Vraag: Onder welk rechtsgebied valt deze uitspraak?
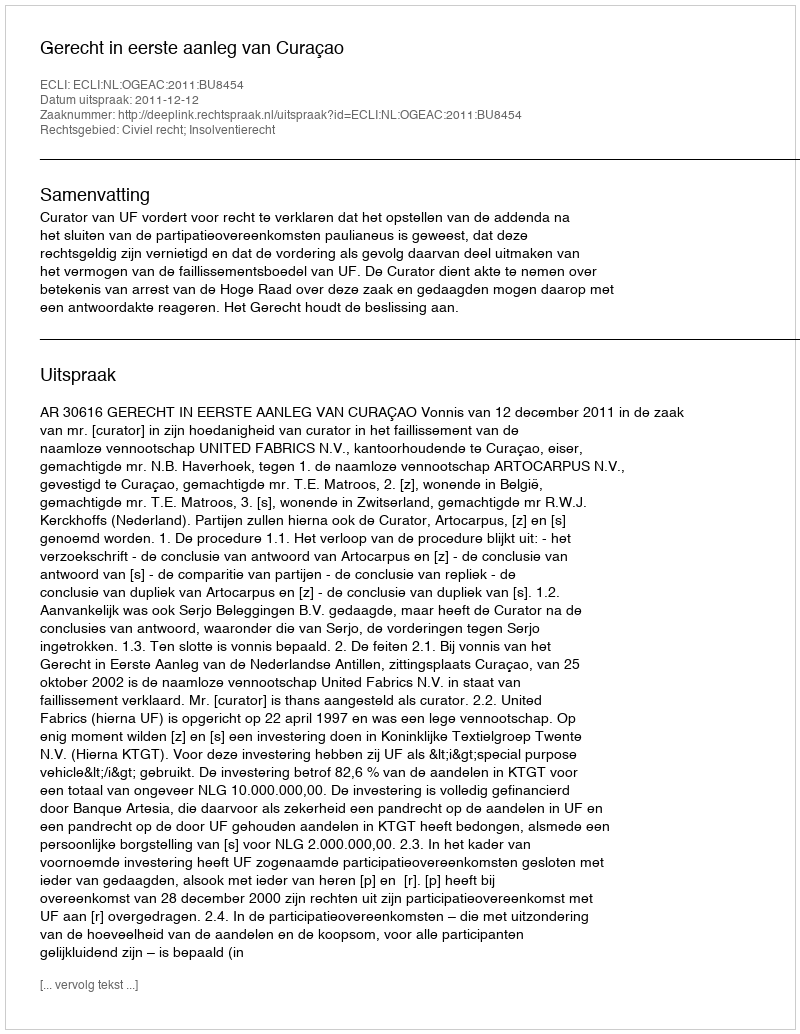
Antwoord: Civiel recht; Insolventierecht